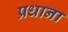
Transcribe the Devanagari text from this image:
प्रधाना